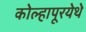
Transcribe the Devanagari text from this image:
कोल्हापूरयेथे